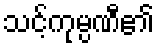
သင့်ကုမ္ပဏီ၏